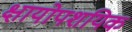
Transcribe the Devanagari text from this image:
क्षायोपशयिक